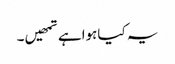
یہ کیاہواہے تمھیں۔